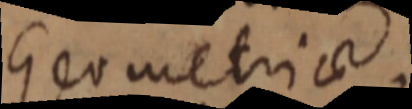
Geometriae.